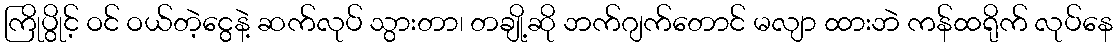
ကြိုပွိုင့် ဝင် ဝယ်တဲ့ငွေနဲ့ ဆက်လုပ် သွားတာ၊ တချို့ဆို ဘက်ဂျက်တောင် မလျာ ထားဘဲ ကန်ထရိုက် လုပ်နေ